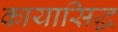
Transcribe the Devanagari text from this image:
कायासिद्ध